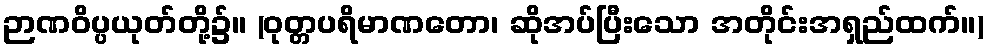
ဉာဏဝိပ္ပယုတ်တို့၌။ (ဝုတ္တပရိမာဏတော၊ ဆိုအပ်ပြီးသော အတိုင်းအရှည်ထက်။)